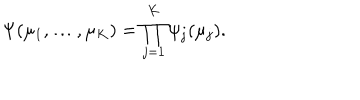
LaTeX: \Psi ( \mu _ { 1 } , \ldots , \mu _ { K } ) = \prod _ { j = 1 } ^ { K } \psi _ { j } ( \mu _ { j } ) .